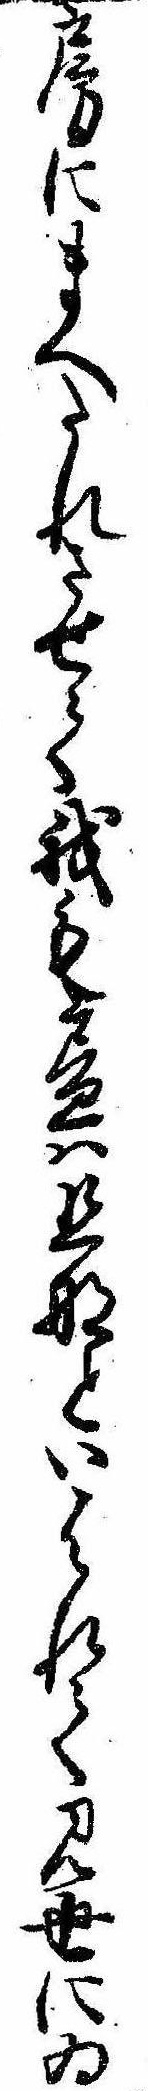
房にまへたれさせて我も昼は旦那といはれて見世にゐ